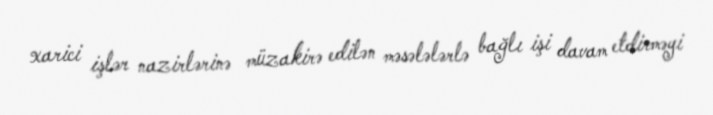
xarici işlər nazirlərinə müzakirə edilən məsələlərlə bağlı işi davam etdirməyi